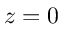
z = 0